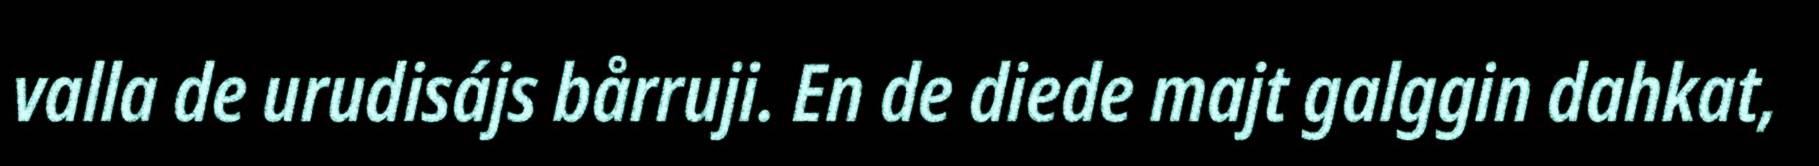
valla de urudisájs bårruji. En de diede majt galggin dahkat,